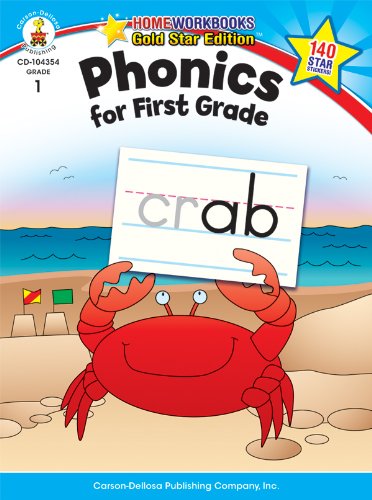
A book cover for Phonics for First Grade, Grade 1: Gold Star Edition (Home Workbooks); Test Preparation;